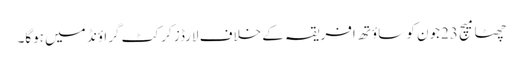
چھٹا میچ 23جون کو ساؤتھ افریقہ کے خلاف لارڈز کرکٹ گراؤنڈ میں ہوگا۔